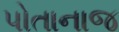
પોતાનાજ